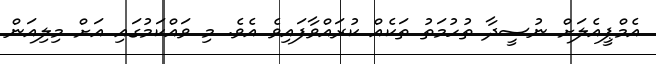
އެމްޕީއެލަށް ނުސީދާ ތުހުމަތު ތަކެއް ކުރައްވާފައިވެ އެވެ. މި ވައްކަމުގައި އަށް މިލިއަން